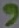
Text: 9